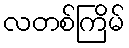
လတစ်ကြိမ်